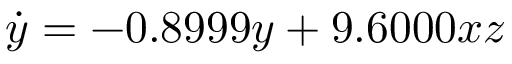
\dot { y } = - 0 . 8 9 9 9 y + 9 . 6 0 0 0 x z